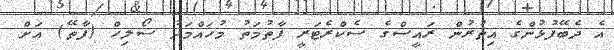
އެ ދެބޭފުޅުންގެ އިތުރުން ރައީސްގެ ސެކްރެޓަރީ ފާތުމަތު މުހައްމަދު ސޯލިހް (ފާތޭ) އަށް